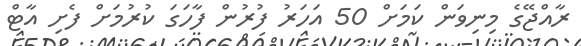
ރާއްޖޭގެ މިނިވަން ކަމަށް 50 އަހަރު ފުރުން ފާހަގަ ކުރުމަށް ފެށި އާޓް